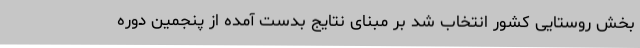
بخش روستایی کشور انتخاب شد بر مبنای نتایج بدست آمده از پنجمین دوره